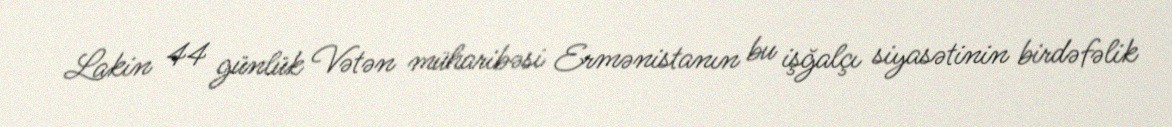
Lakin 44 günlük Vətən müharibəsi Ermənistanın bu işğalçı siyasətinin birdəfəlik